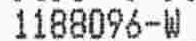
1188096-W